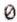
0